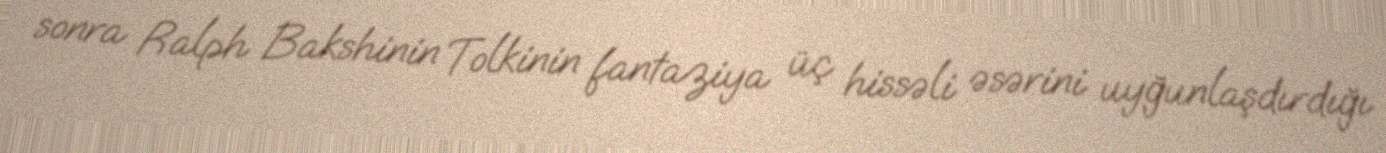
sonra Ralph Bakshinin Tolkinin fantaziya üç hissəli əsərini uyğunlaşdırdığı